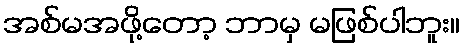
အစ်မအဖို့တော့ ဘာမှ မဖြစ်ပါဘူး။